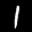
Label: 1